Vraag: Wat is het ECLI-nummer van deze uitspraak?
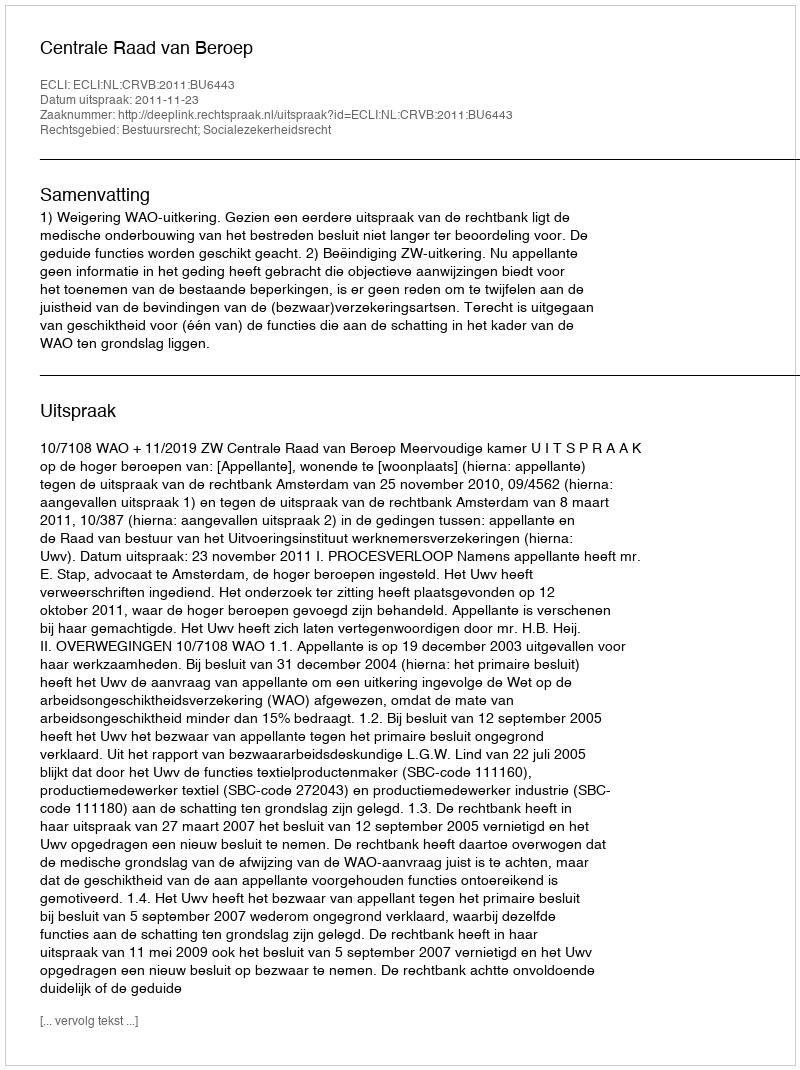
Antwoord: ECLI:NL:CRVB:2011:BU6443